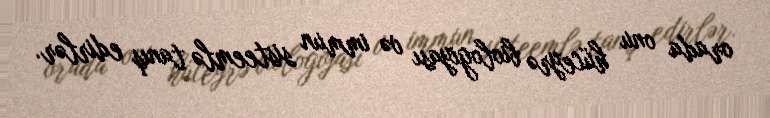
orada onu hüceyrə biologiyası və immun sisteemlə tanış edirlər.